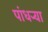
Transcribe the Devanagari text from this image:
पांधर्‍या